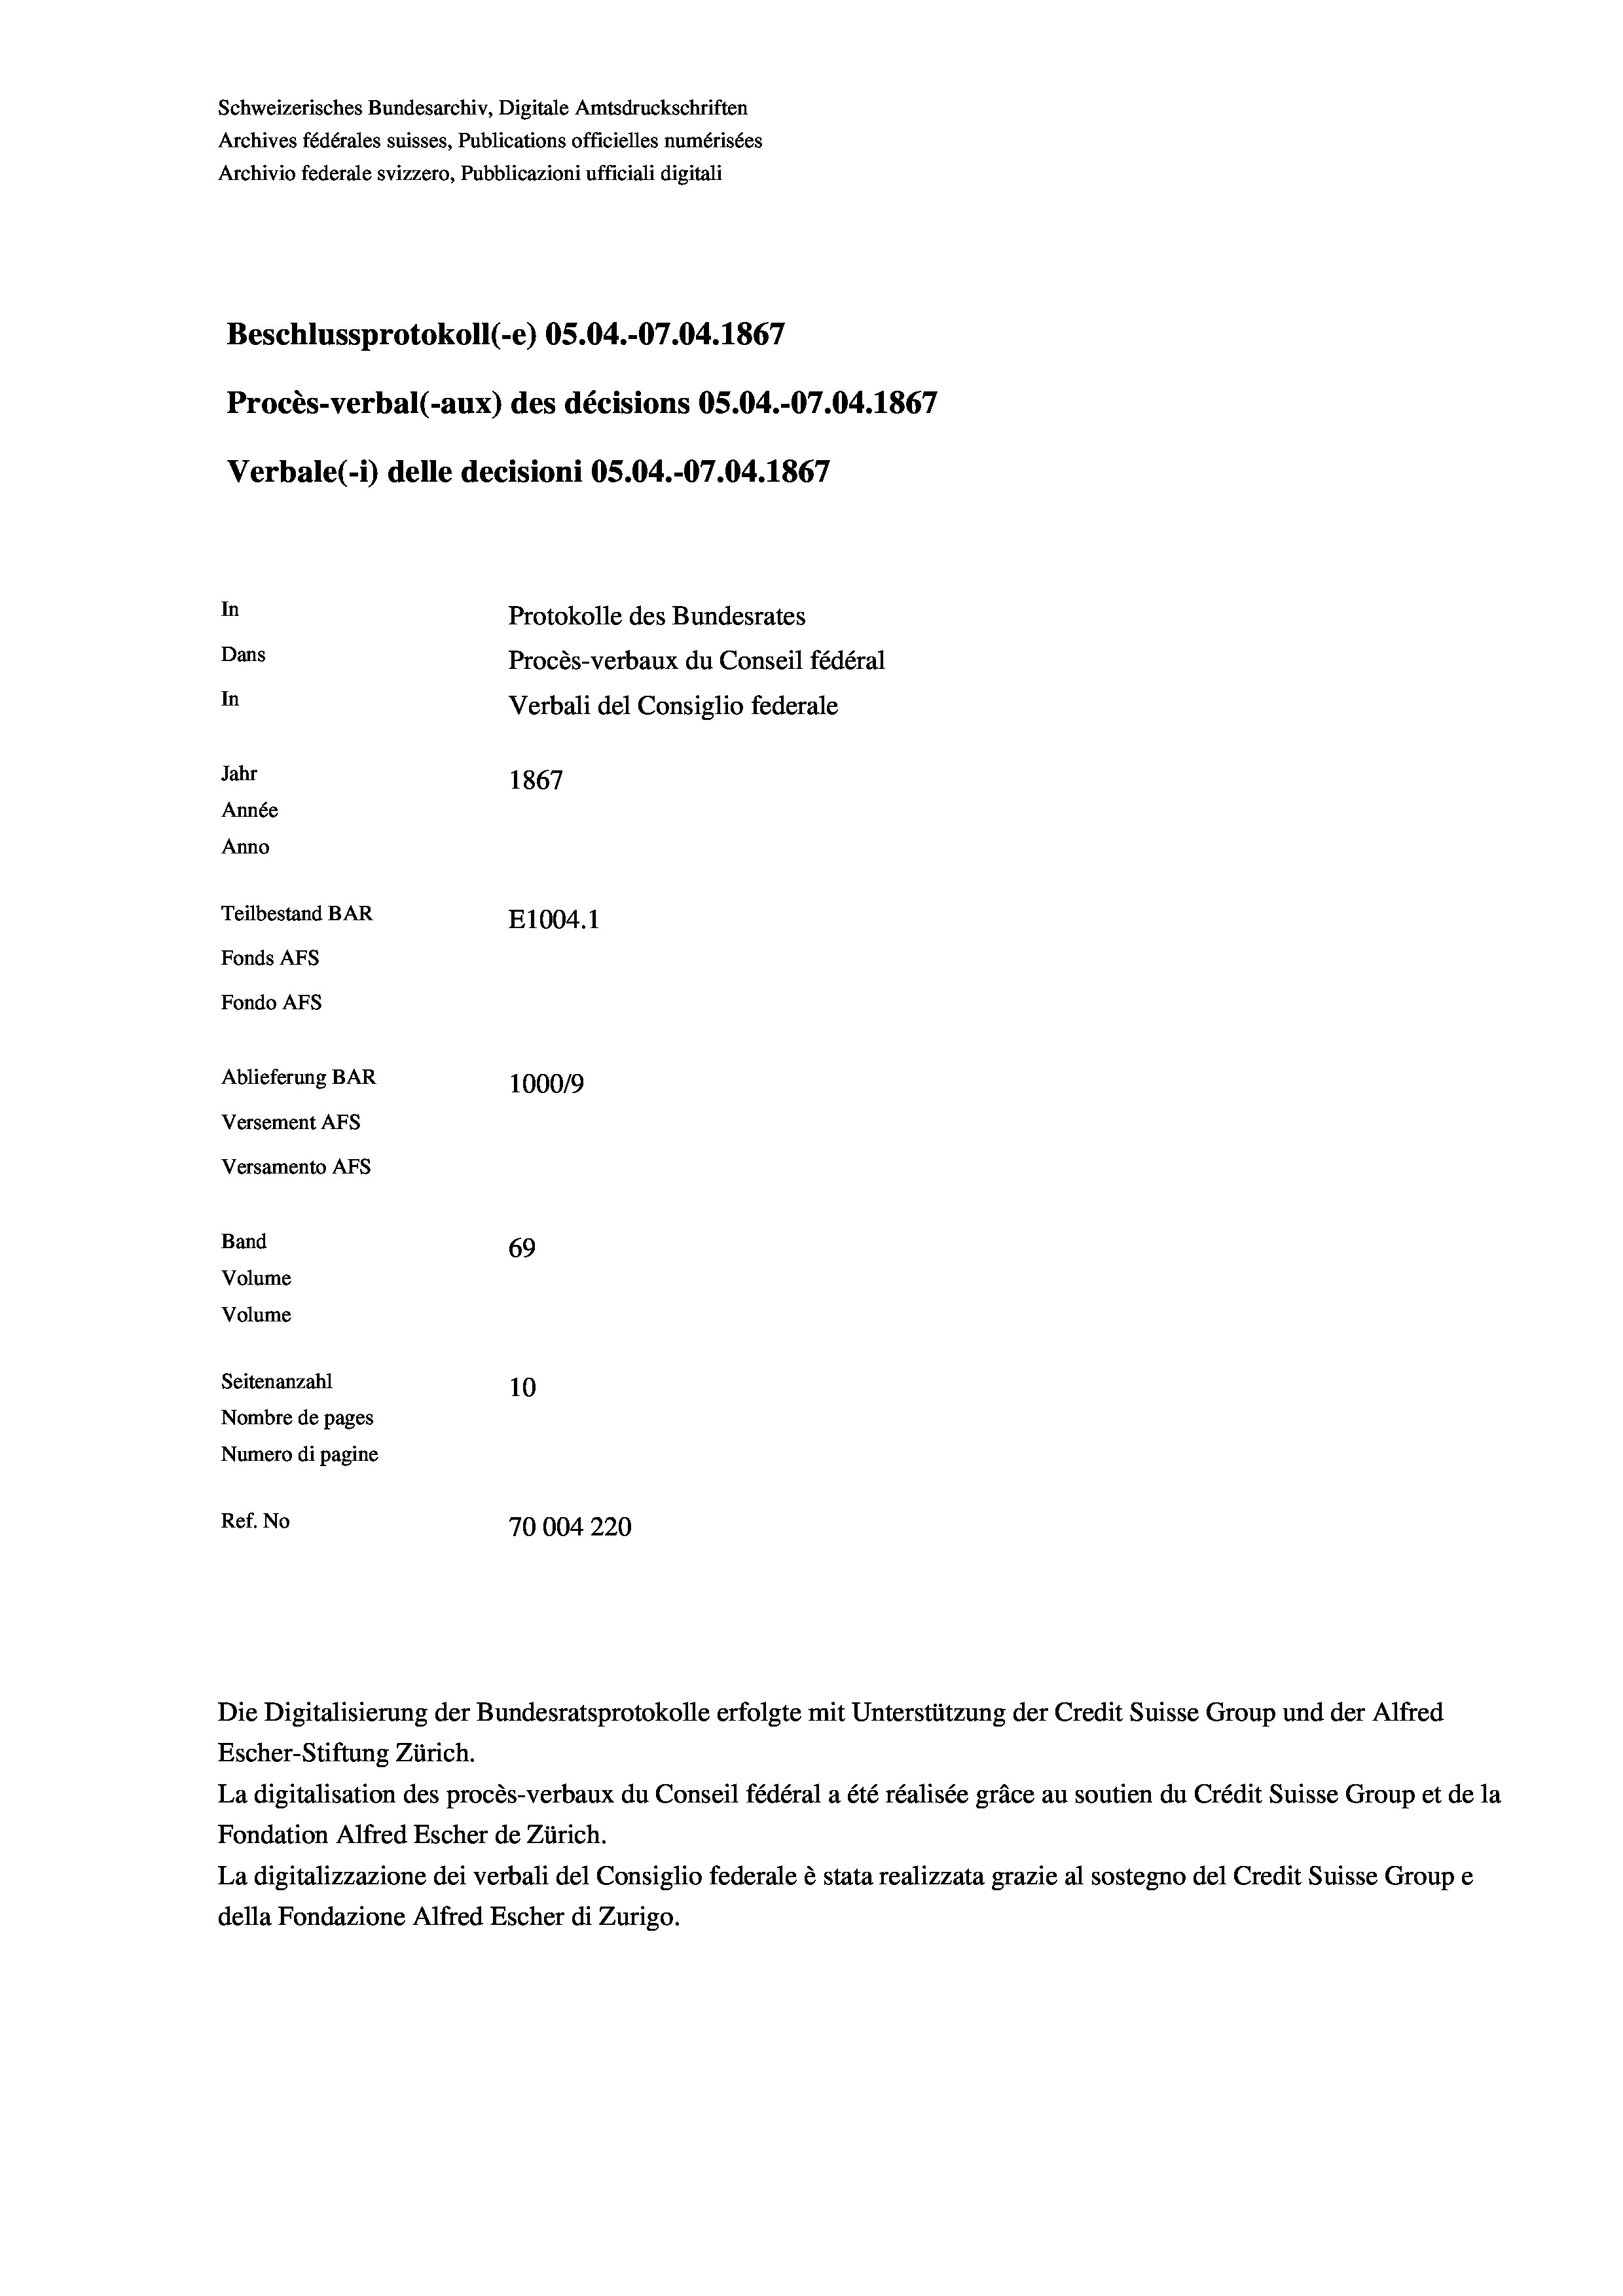
Schweizerisches Bundesarchiv, Digitale Amtsdruckschriften
Archivio federale svizzero, Pubblicazioni ufficiali digitali
Beschlussprotokoll (-e) OS.04.-07.04. 1867
Procès-verbal (-aux) des décisions OS.04.-07.04. 1867
Verbale (1) delle decisioni OS.04.-07.04. 1867
In
Protokolle des Bundesrates
Dans
Procès-verbaux du Conseil fédéral
In
Verbali del Consiglio federale
Jahr
1867
Année
Anno
Teilbestand BAR
E1004.1
Fonds AFs
Fondo Afs
Ablieferung BAR
100019
Versement AFs
Versamento AFs

Band

69
Volume
Volume
Seitenanzahl
10
Nombre de pages
Numero di pagine
Ref. No
70004220

Archives fédérales suisses, Publications officielles numérisées

Die Digitalisierung der Bundesratsprotokolle erfolgte mit Unterstützung der Credit Suisse Group und der Alfred
Escher-Stiftung Zürich.
La digitalisation des procès-verbaux du Conseil fédéral a été réalisée gräce au soutien du Crédit Suisse Group et de la
Fondation Alfred Escher de Zürich.
La digitalizzazione dei verbali del Consiglio federale è stata realizzata grazie al sostegno del Credit Suisse Groupe
della Fondazione Alfred Escher di Zurigo.